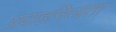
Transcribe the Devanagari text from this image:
प्रवाहनित्यता